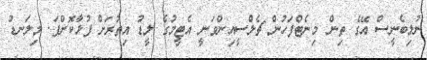
ނުލިބެނީސް އޭގެ ތިން މިނެޓްފަހުން ޗެލްސީއިންވަނީ އެޓީމުގެ ލީޑު އިތުރަށް ފުޅާކޮށްފަ. މިލަނޑު